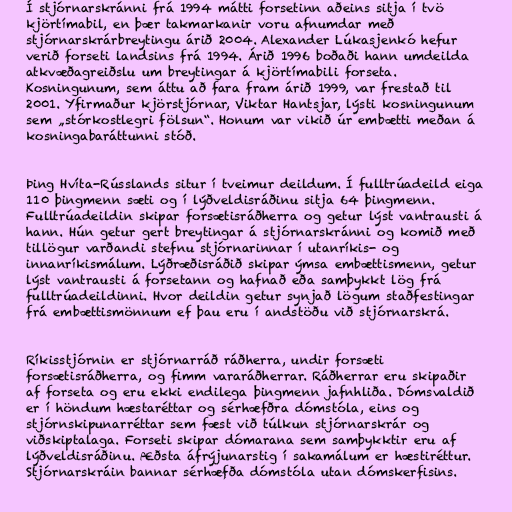
Í stjórnarskránni frá 1994 mátti forsetinn aðeins sitja í tvö
kjörtímabil, en þær takmarkanir voru afnumdar með
stjórnarskrárbreytingu árið 2004. Alexander Lúkasjenkó hefur
verið forseti landsins frá 1994. Árið 1996 boðaði hann umdeilda
atkvæðagreiðslu um breytingar á kjörtímabili forseta.
Kosningunum, sem áttu að fara fram árið 1999, var frestað til
2001. Yfirmaður kjörstjórnar, Viktar Hantsjar, lýsti kosningunum
sem „stórkostlegri fölsun“. Honum var vikið úr embætti meðan á
kosningabaráttunni stóð.

Þing Hvíta-Rússlands situr í tveimur deildum. Í fulltrúadeild eiga
110 þingmenn sæti og í lýðveldisráðinu sitja 64 þingmenn.
Fulltrúadeildin skipar forsætisráðherra og getur lýst vantrausti á
hann. Hún getur gert breytingar á stjórnarskránni og komið með
tillögur varðandi stefnu stjórnarinnar í utanríkis- og
innanríkismálum. Lýðræðisráðið skipar ýmsa embættismenn, getur
lýst vantrausti á forsetann og hafnað eða samþykkt lög frá
fulltrúadeildinni. Hvor deildin getur synjað lögum staðfestingar
frá embættismönnum ef þau eru í andstöðu við stjórnarskrá.

Ríkisstjórnin er stjórnarráð ráðherra, undir forsæti
forsætisráðherra, og fimm vararáðherrar. Ráðherrar eru skipaðir
af forseta og eru ekki endilega þingmenn jafnhliða. Dómsvaldið
er í höndum hæstaréttar og sérhæfðra dómstóla, eins og
stjórnskipunarréttar sem fæst við túlkun stjórnarskrár og
viðskiptalaga. Forseti skipar dómarana sem samþykktir eru af
lýðveldisráðinu. Æðsta áfrýjunarstig í sakamálum er hæstiréttur.
Stjórnarskráin bannar sérhæfða dómstóla utan dómskerfisins.